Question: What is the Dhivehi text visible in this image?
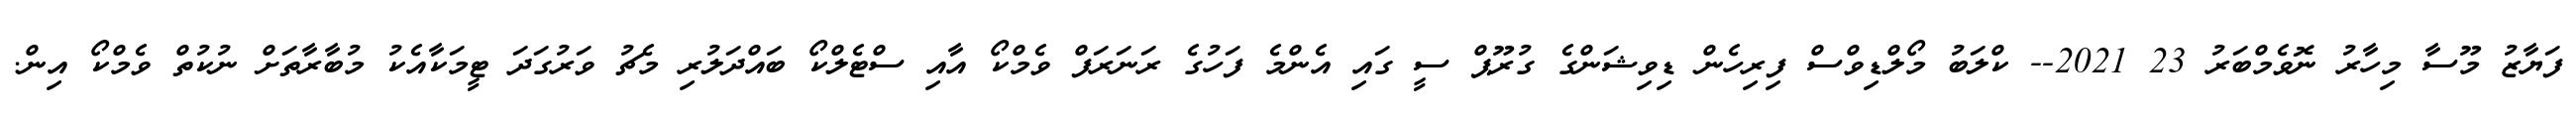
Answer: ފަޔާޒު މޫސާ މިހާރު ނޮވެމްބަރު 23 2021-- ކްލަބު މޯލްޑިވްސް ފިރިހެން ޑިވިޝަންގެ ގުރޫޕް ސީ ގައި އެންމެ ފަހުގެ ރަނަރަފް ވެމްކޯ އާއި ސްޓެލްކޯ ބައްދަލުރި މެޗު ވަރުގަދަ ޓީމަކާއެކު މުބާރާތަށް ނުކުތް ވެމްކޯ އިން.